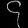
Digit: ၄